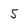
Character: 5